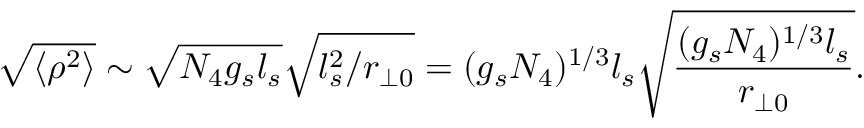
\sqrt { \langle \rho ^ { 2 } \rangle } \sim \sqrt { N _ { 4 } g _ { s } l _ { s } } \sqrt { l _ { s } ^ { 2 } / r _ { \perp 0 } } = ( g _ { s } N _ { 4 } ) ^ { 1 / 3 } l _ { s } \sqrt { \frac { ( g _ { s } N _ { 4 } ) ^ { 1 / 3 } l _ { s } } { r _ { \perp 0 } } } .